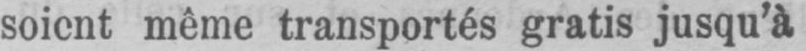
soient même transportés gratis jusqu’à